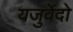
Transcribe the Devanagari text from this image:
यजुर्वेदो